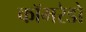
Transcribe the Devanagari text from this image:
कॉमरेडो